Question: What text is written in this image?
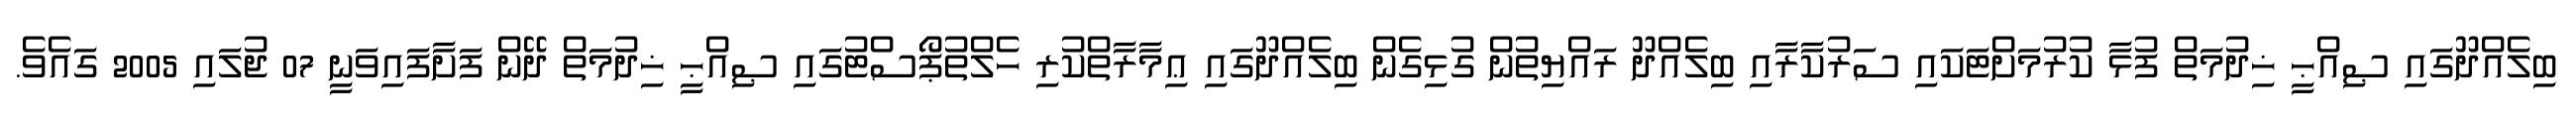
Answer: ބިލެއްދޫގައި ޞިއްޙީ ޚިދުމަތް ފުޅާ ކުރުމަށްޓަކައި ސަރުކާރާއި ބިލެއްދޫ ރައްޔިތުން ގުޅިގެން ބިލެއްދޫގައި ޢިމާރާތްކުރި ހެލްތުޕޯސްޓުގައި ޞިއްޙީ ޚިދުމަތް ދޭން ފަށާފައިވަނީ 07 ޖުލައި 2005 ގައެވެ.